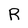
Character: R